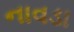
નાવડા